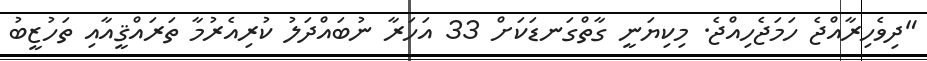
"ދިވެހިރާއްޖެ ހަމަޖެހިއްޖެ. މިކިޔަނީ ގާތްގަނޑަކަށް 33 އަހަރާ ނުބައްދަލު ކުރިއެރުމާ ތަރައްްޤީއާއި ތަހުޒީބު